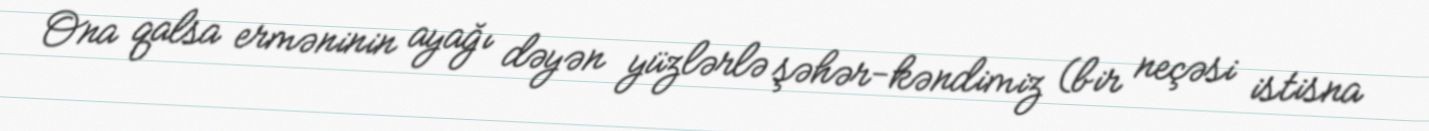
Ona qalsa erməninin ayağı dəyən yüzlərlə şəhər-kəndimiz (bir neçəsi istisna